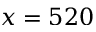
x = 5 2 0